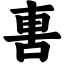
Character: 軎